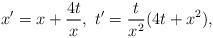
LaTeX: \begin{align*}x'=x+\frac{4 t}{x},\ t'=\frac{t}{x^2}(4t+x^2),\end{align*}